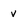
Character: v